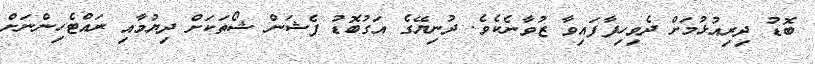
ބޮޑު ދިރިއުޅުމަށް ދެވިހިފާފައިވާ ޒުވާނެކެވެ. ދުނިޔޭގެ އަގުބޮޑު ފެޝަން ޝޯތަކަށް ދިޔުމާއި ރައްޓެހިންނަށް